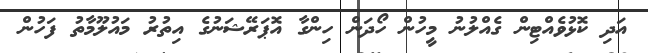
އަދި ކޮޅުވެއްޓިން ގެއްލުނު މީހުން ހޯދަން ހިންގާ އޮޕަރޭޝަނުގެ އިތުރު މައުލޫމާތު ފަހުން